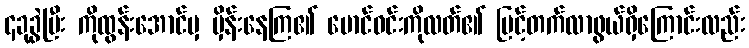
၄ခုခွဲပြီး ကိုထွန်းအောင်မှ မှိန်းနေကြ၏ မောင်ဝင်းကိုလတ်၏ မြင့်တက်လာဖွယ်ရှိကြောင်းလည်း